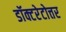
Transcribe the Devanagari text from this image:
डॉक्टरेटोत्तर